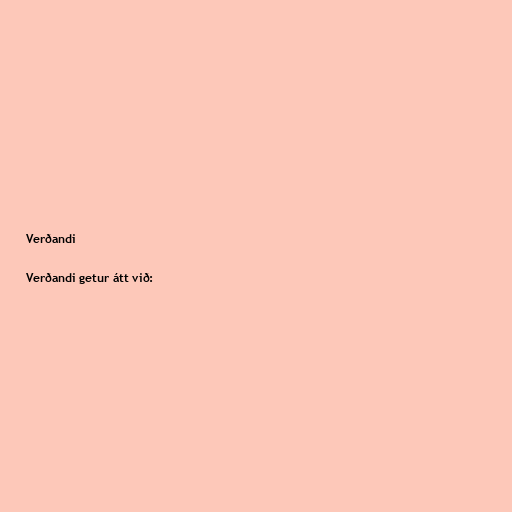
Verðandi

Verðandi getur átt við: